V__Kingissepa_nim__kolhoos, lk 34
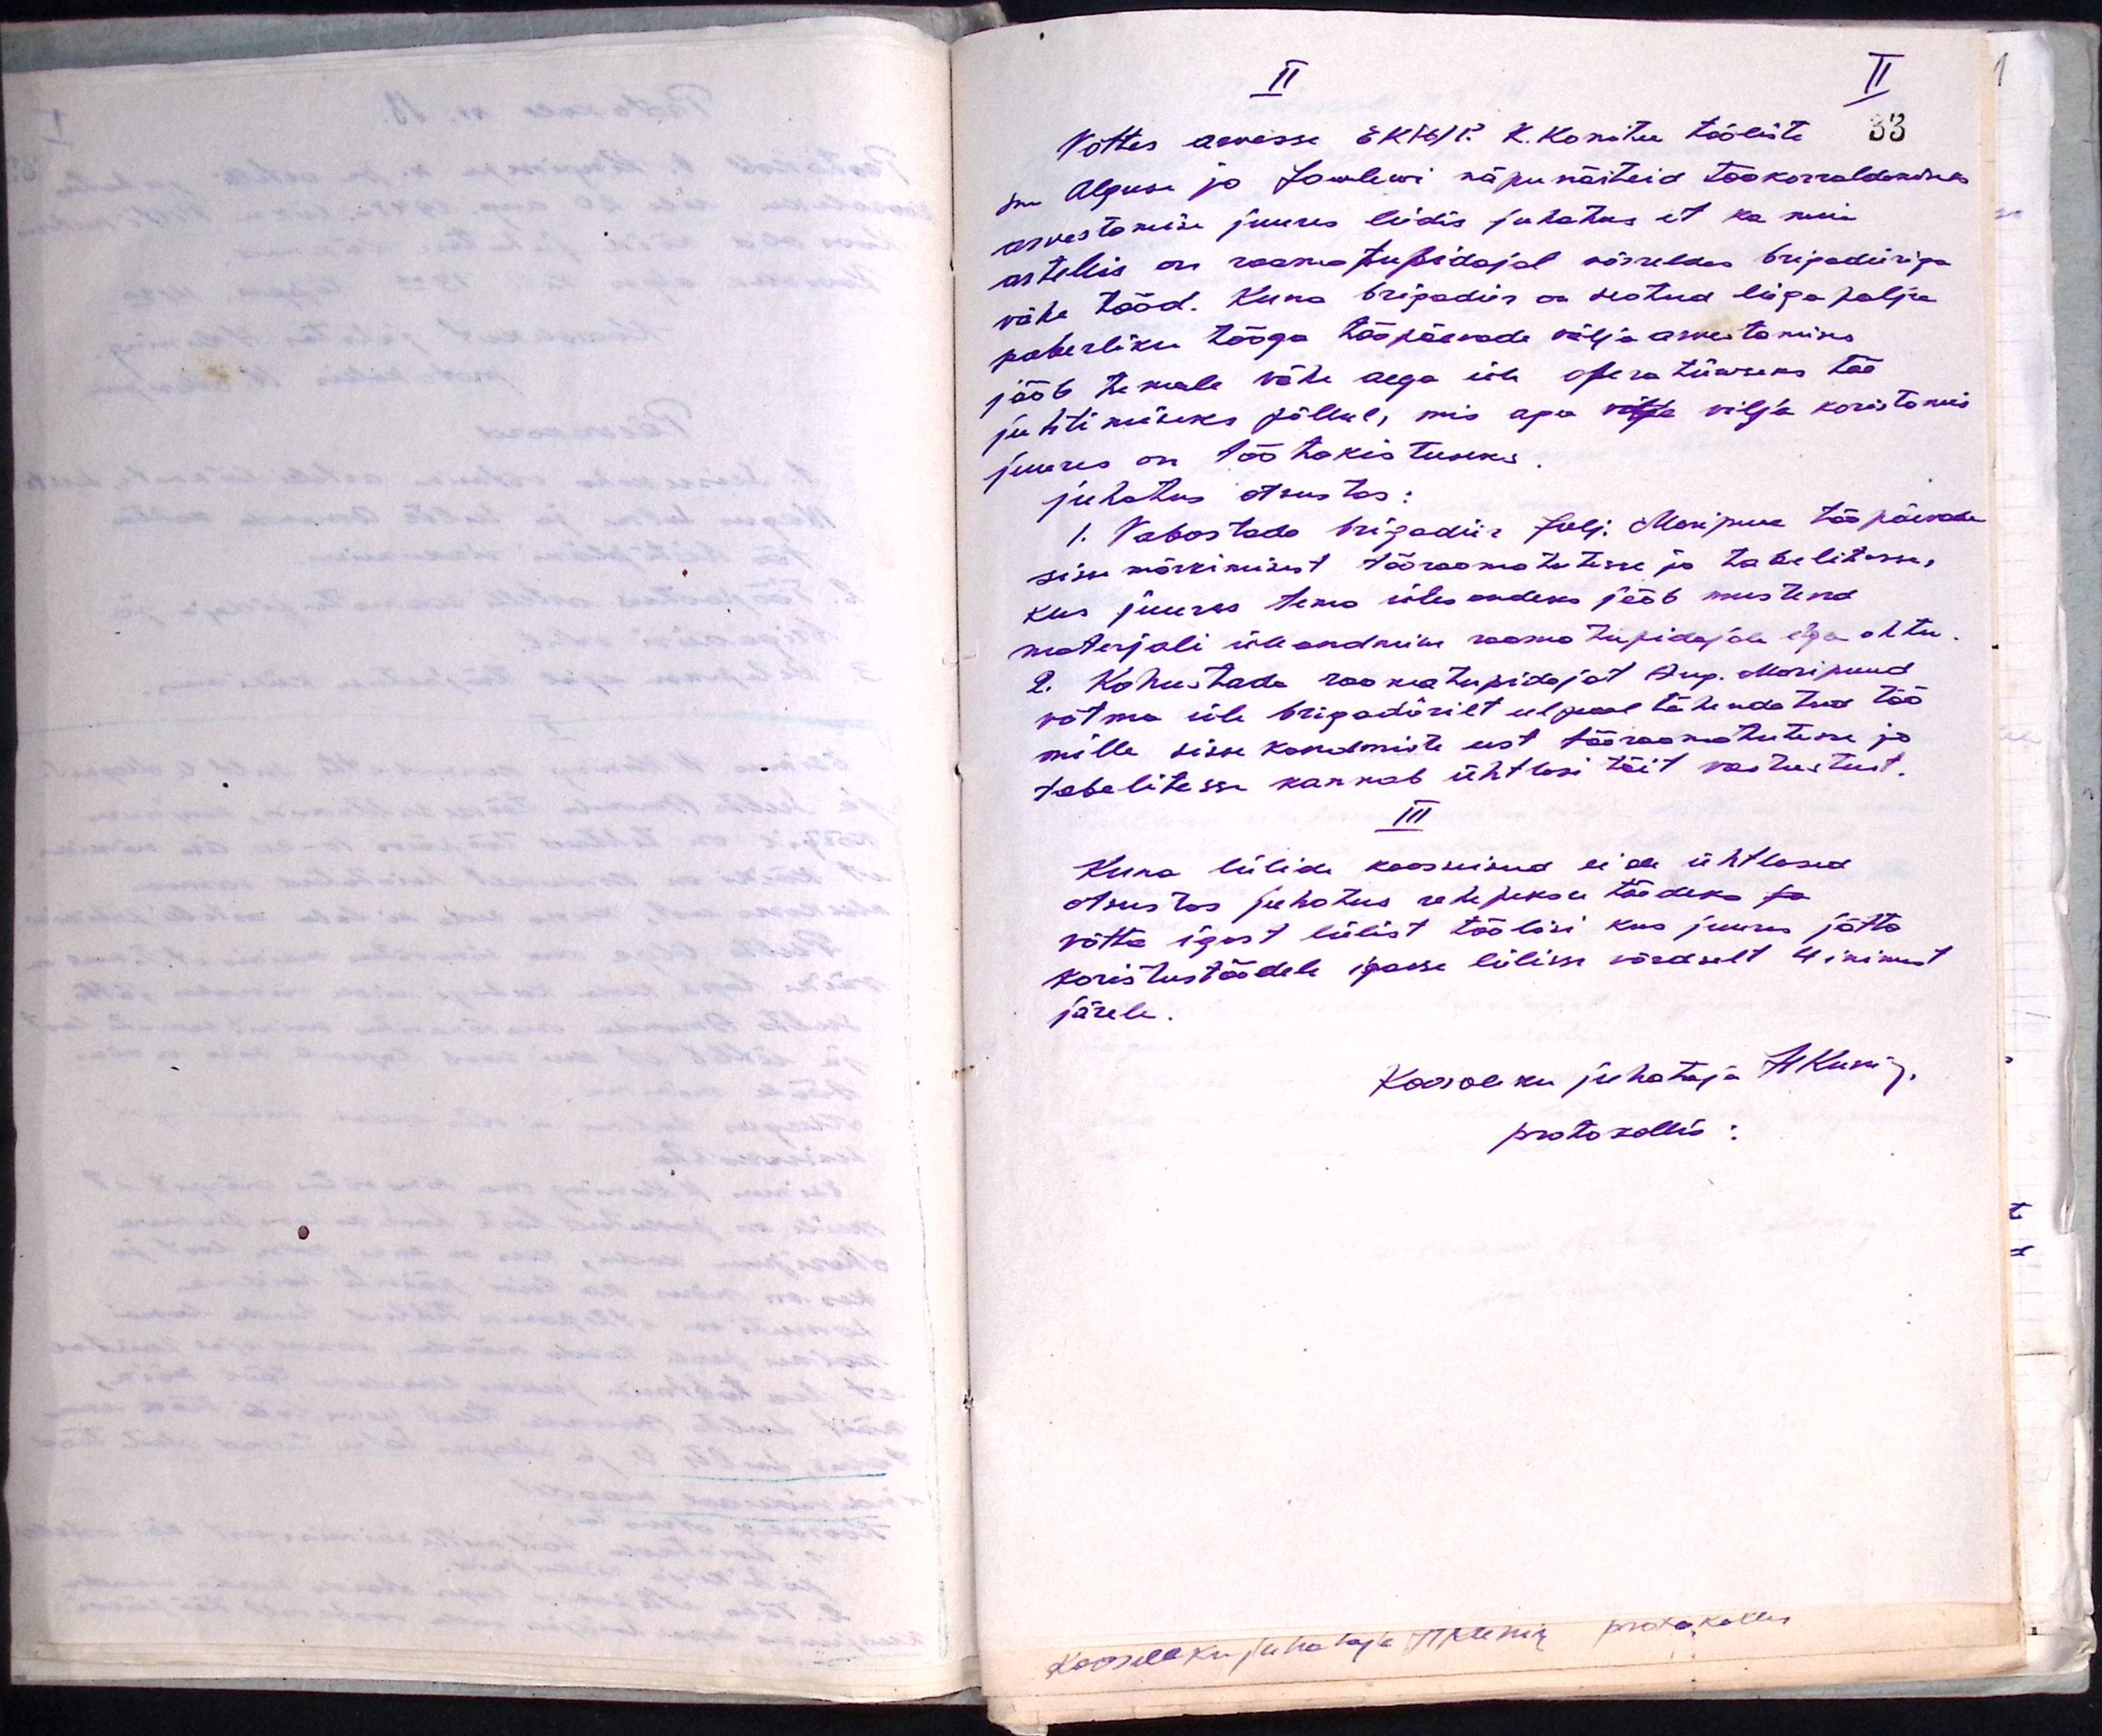
II
Võttes arvesse EK(b)P K. Komitee tööliste
sm. Alguse ja Sowlewi näpunäiteid tookorraldamiseks
arvestamise juures leidis juhatus et ka meie
artellis on raamatupidajal võrreldes brigadiiriga
vähe tööd. Kuna brigadiir on seotud liiga palju
paberliku tööga tööpäevade välja arvestamiseks
jääb temale vähe aega üle operatiivseks töö
juhtimiseks põllul, mis aga välja vilja koristamis
juures on töötakistuseks.
Juhatus otsustas:
1. Vabastada brigadiir Julj. Maripuu tööpäevale
sisse märkimisest tööraamatutesse ja tabelitesse,
kus juures tema ülesandeks jääb mustand
materjali üleandmine raamatupidajale iga õhtu
2. Kohustada raamatupidajat Aug. Maripuud
võtma üle brigadiirilt eel pool tähendatud töö
mille sisse kandmiste eest tööraamatutusse ja
tabelitesse kannab ühtlasi täit vastustust.
III
Kuna lülide kooseisud ei ole ühtlased
otsustas juhatus rehepeksu töödeks sa
võtta igast lülist töölisi kus juures jätta
koristustöödele igasse lülisse võrdselt 4 inimest
järele.
Koosoleku juhataja H. Kuni p.
protokollis: